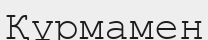
Құрмамен